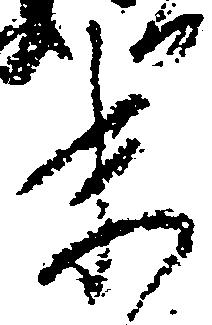
末